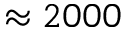
\approx 2 0 0 0